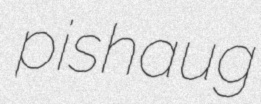
pishaug